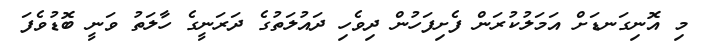
މި އޮނިގަނޑަށް އަމަލުކުރަން ފެށިފަހުން ދިވެހި ދައުލަތުގެ ދަރަނީގެ ހާލަތު ވަނީ ބޮޑުވެފަ